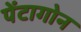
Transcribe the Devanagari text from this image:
पेंटागोन